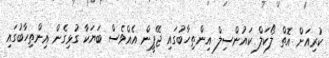
ކުރިއަށް އޮތް ލޯކަލް ކައުންސިލް އިންތިހާބުގައި ޖޭޕީން އެއްވެސް ބަޔަކާ ގުޅިގެން އިންތިހާބުގައި